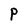
Character: P